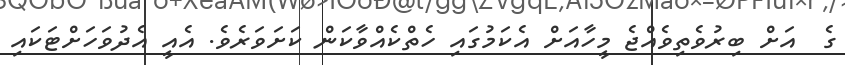
ގެ  އަށް ބިރުވެތިވެއްޖެ މީހާއަށް އެކަމުގައި ހެތްކެއްވާކަން ކަށަވަރެވެ. އެއީ އެދުވަހަށްޓަކައި